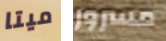
ميتا مسرور